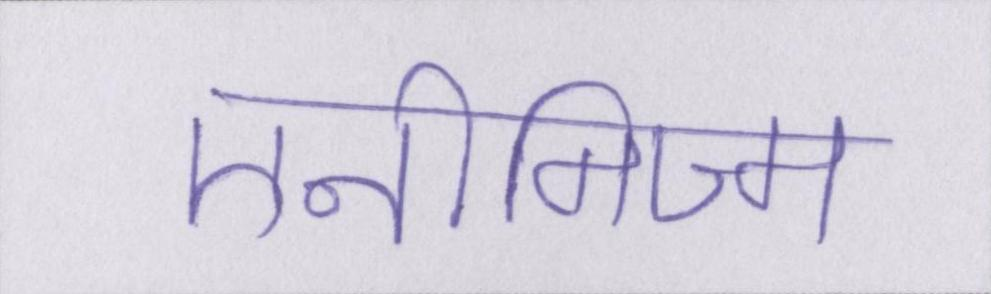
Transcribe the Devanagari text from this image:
एनीमिज्म